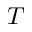
T